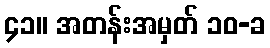
၄၁။ အတန်းအမှတ် ၁၀-ခ